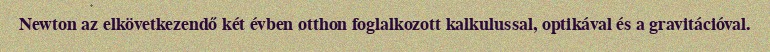
Newton az elkövetkezendő két évben otthon foglalkozott kalkulussal, optikával és a gravitációval.